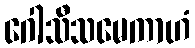
ဂေါသီသမေကာဟံ